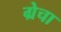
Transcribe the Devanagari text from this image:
ग्रेचा